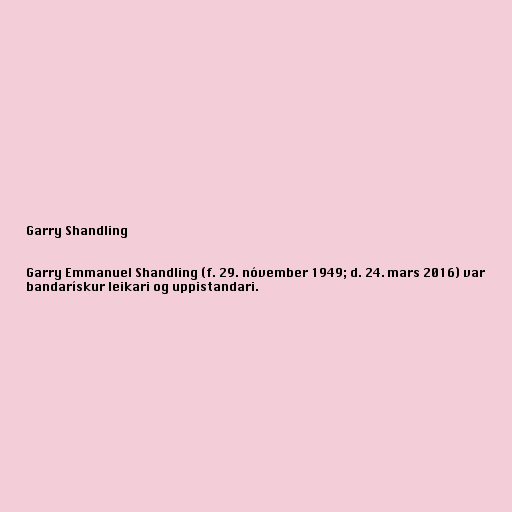
Garry Shandling

Garry Emmanuel Shandling (f. 29. nóvember 1949; d. 24. mars 2016) var
bandarískur leikari og uppistandari.